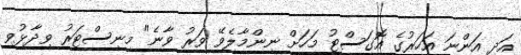
އަދި އަންނަ އަހަރުގެ އޮގަސްޓު މަހަށް ނިންމާލެވޭ ވަރު ވާނެ" މިނިސްޓަރު ވިދާޅުވި